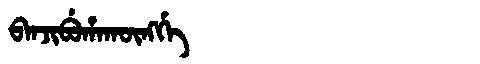
Manchu: ᠪᠠᠨᠵᡳᠪᡠᡥᠠᡴᡡᠩᡤᡝ
Romanization: BANJIBUHAKŪNGGE